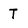
Character: T